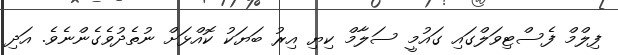
ފިލްމް ފެސްޓިވަލްގައި ގައުމީ ސަލާމް ކިޔި އިރު ބަޔަކު ކޮއްޅަށް ނުތެދުވެގެންނެވެ. އަދި